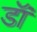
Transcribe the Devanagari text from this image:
डॉं